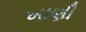
ખાણી